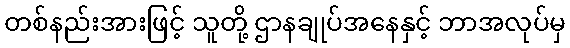
တစ်နည်းအားဖြင့် သူတို့ ဌာနချုပ်အနေနှင့် ဘာအလုပ်မှ